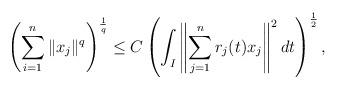
LaTeX: \begin{align*}\left( \sum_{i=1}^{n}\Vert x_{j}\Vert^{q}\right) ^{\frac{1}{q}}\leq C\left(\int_{I}\left\Vert \sum_{j=1}^{n}r_{j}(t)x_{j}\right\Vert ^{2}dt\right)^{\frac{1}{2}}, \end{align*}